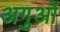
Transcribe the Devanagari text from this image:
अगुओं